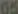
65